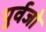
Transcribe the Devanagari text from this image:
पुर्वजो